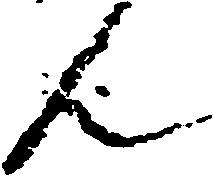
ん